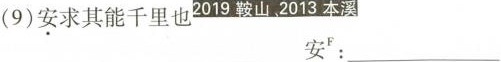
(9)安求其能千里也2019鞍山、2013本溪 安^{ F}：___